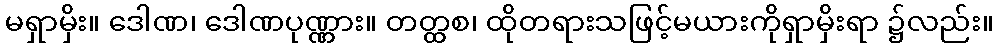
မရှာမှိး။ ဒေါဏ၊ ဒေါဏပုဏ္ဏား။ တတ္ထစ၊ ထိုတရားသဖြင့်မယားကိုရှာမှိးရာ ၌လည်း။